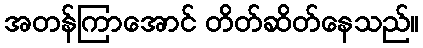
အတန်ကြာအောင် တိတ်ဆိတ်နေသည်။